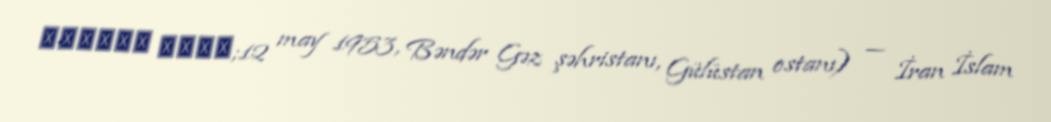
منوچهر متکی;12 may 1953, Bəndər Gəz şəhristanı, Gülüstan ostanı) — İran İslam